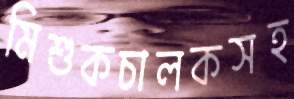
মিশুকচালকসহ